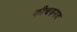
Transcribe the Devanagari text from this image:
कीचड़मय